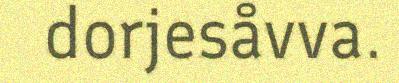
dorjesåvva.